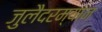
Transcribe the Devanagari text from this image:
जुलैदरम्यान